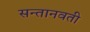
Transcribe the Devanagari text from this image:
सन्तानवती